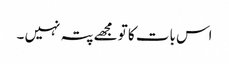
اس بات کا تو مجھے پتہ نہیں ۔